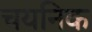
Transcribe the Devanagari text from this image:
चयनिक